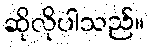
ဆိုလိုပါသည်။